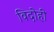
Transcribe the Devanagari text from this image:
विदोही